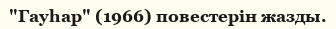
"Гауһар" (1966) повестерін жазды.